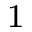
^ { 1 }